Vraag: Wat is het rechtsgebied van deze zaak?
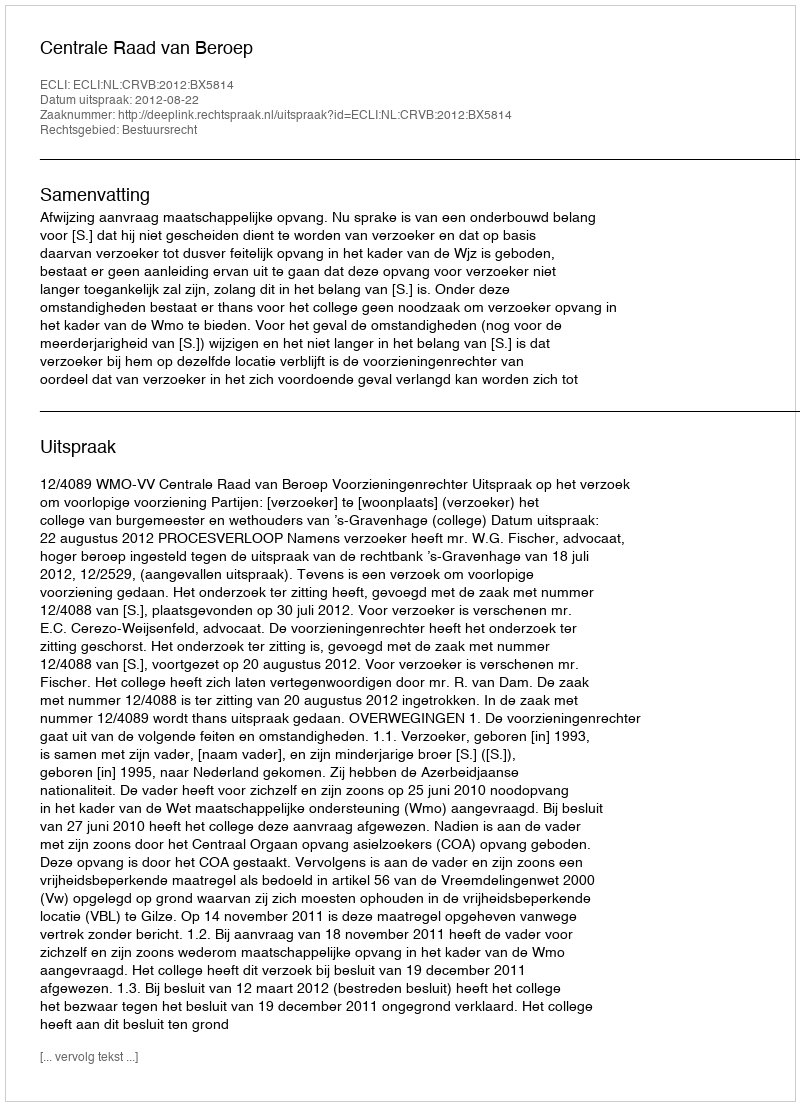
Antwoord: Bestuursrecht